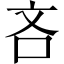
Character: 吝